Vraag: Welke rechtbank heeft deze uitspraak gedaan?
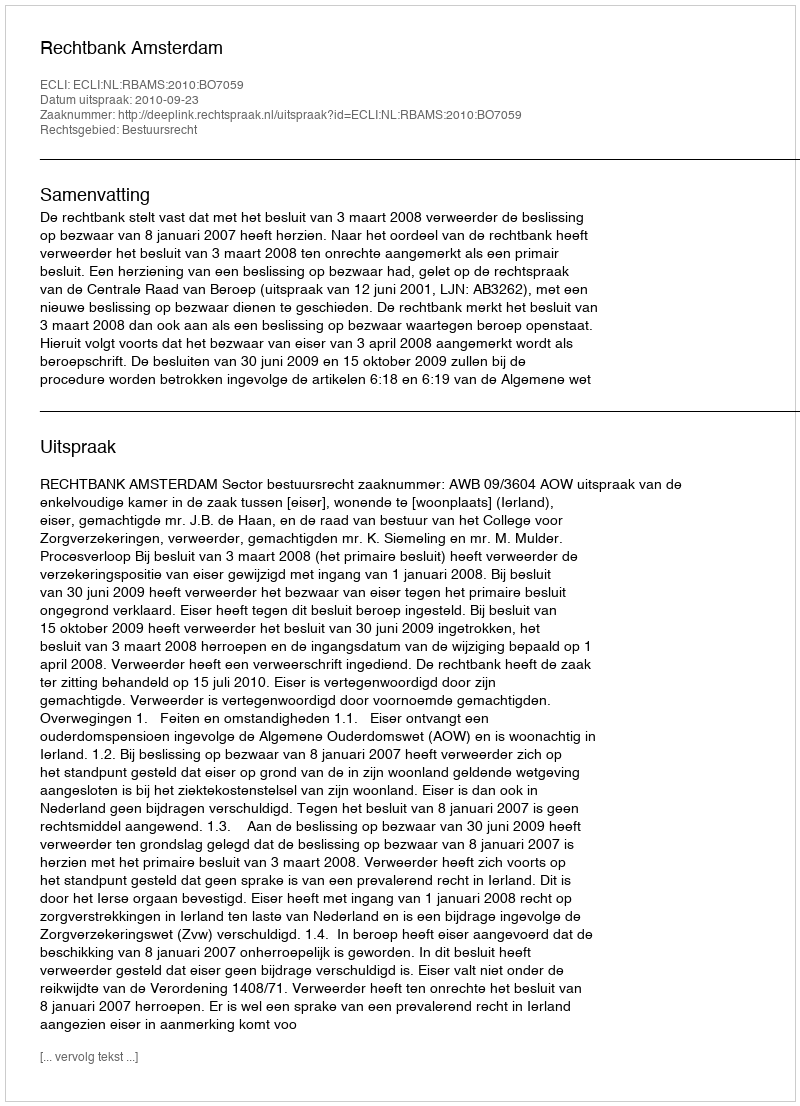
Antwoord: Rechtbank Amsterdam